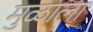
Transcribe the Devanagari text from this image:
मुळाला